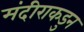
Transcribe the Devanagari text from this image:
मंदीराकडुन